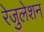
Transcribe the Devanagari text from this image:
रेजुलेशन